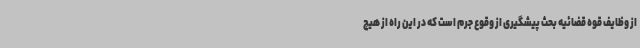
از وظایف قوه قضائیه بحث پیشگیری از وقوع جرم است که در این راه از هیچ